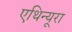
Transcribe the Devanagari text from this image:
एथिन्यूरा